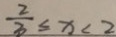
\frac { 2 } { 3 } \leq x < 2